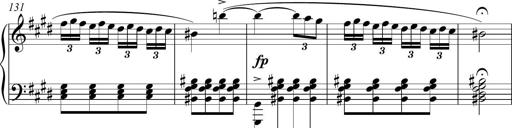
Title: Funeral March and Sonatina
Composer: Thomas Hellemans
Key: C-sharp minor